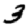
Digit: 3